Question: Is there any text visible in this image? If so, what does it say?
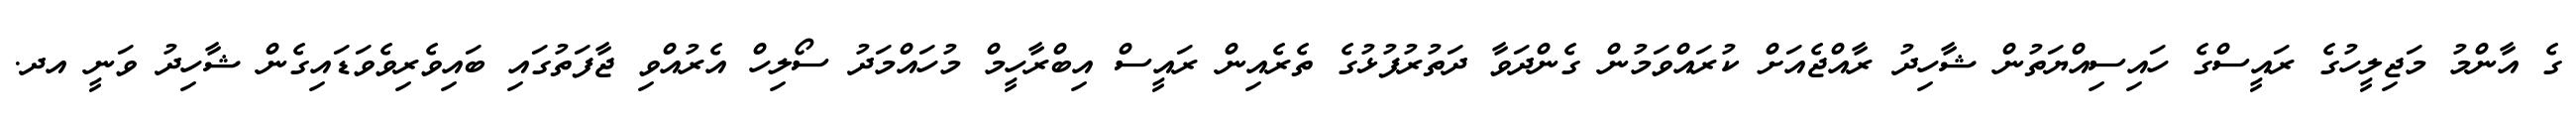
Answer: ގެ އާންމު މަޖިލީހުގެ ރައީސްގެ ހައިސިއްޔަތުން ޝާހިދު ރާއްޖެއަށް ކުރައްވަމުން ގެންދަވާ ދަތުރުފުޅުގެ ތެރެއިން ރައީސް އިބްރާހީމް މުހައްމަދު ސޯލިހް އެރުއްވި ޖާފަތުގައި ބައިވެރިވެވަޑައިގެން ޝާހިދު ވަނީ އދ.